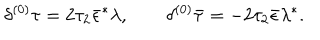
{ \delta ^ { ( 0 ) } \tau = 2 \tau _ { 2 } \bar { \epsilon } ^ { * } \lambda , \qquad \delta ^ { ( 0 ) } \bar { \tau } = - 2 \tau _ { 2 } \bar { \epsilon } \lambda ^ { * } . }